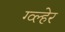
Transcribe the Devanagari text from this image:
ग्व्ल्हेर